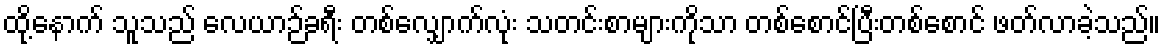
ထို့နောက် သူသည် လေယာဉ်ခရီး တစ်လျှောက်လုံး သတင်းစာများကိုသာ တစ်စောင်ပြီးတစ်စောင် ဖတ်လာခဲ့သည်။